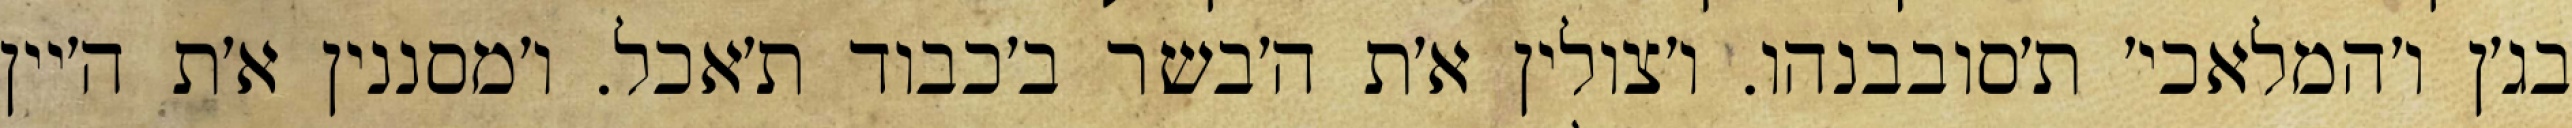
בג׳ן ו׳המלאכי׳ ת׳סובבנהו. ו׳צולין א׳ת ה׳בשר ב׳כבוד ת׳אכל. ו׳מסננין א׳ת ה׳יין